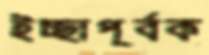
ইচ্ছাপূর্বক